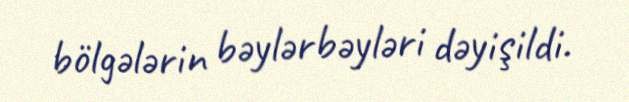
bölgələrin bəylərbəyləri dəyişildi.